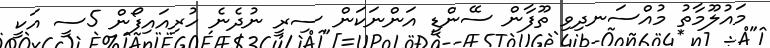
މައުލޫމާތު މުއްސަނދިވި ތޫފާން ސޭންޑީ އަންނަކަން ސިރީ ނުދެނެ ހުރިއައިފޯން 5ސީ އަކީ